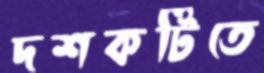
দশকটিতে